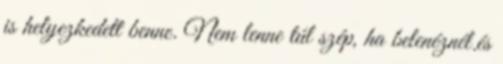
is helyezkedett benne. Nem lenne túl szép, ha belenéznél.és